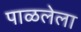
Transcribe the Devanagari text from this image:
पाळलेला